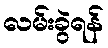
လမ်းခွဲရန်